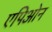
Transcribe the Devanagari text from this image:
एपिओन